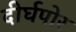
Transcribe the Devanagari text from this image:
दीर्घपोर